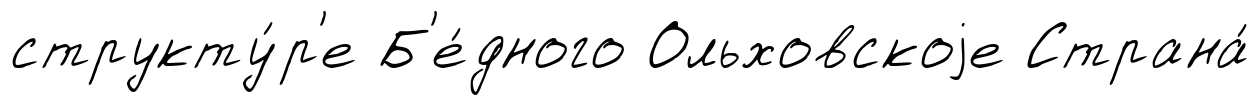
структу́р'е Б'е́дного Ольховскоjе Страна́